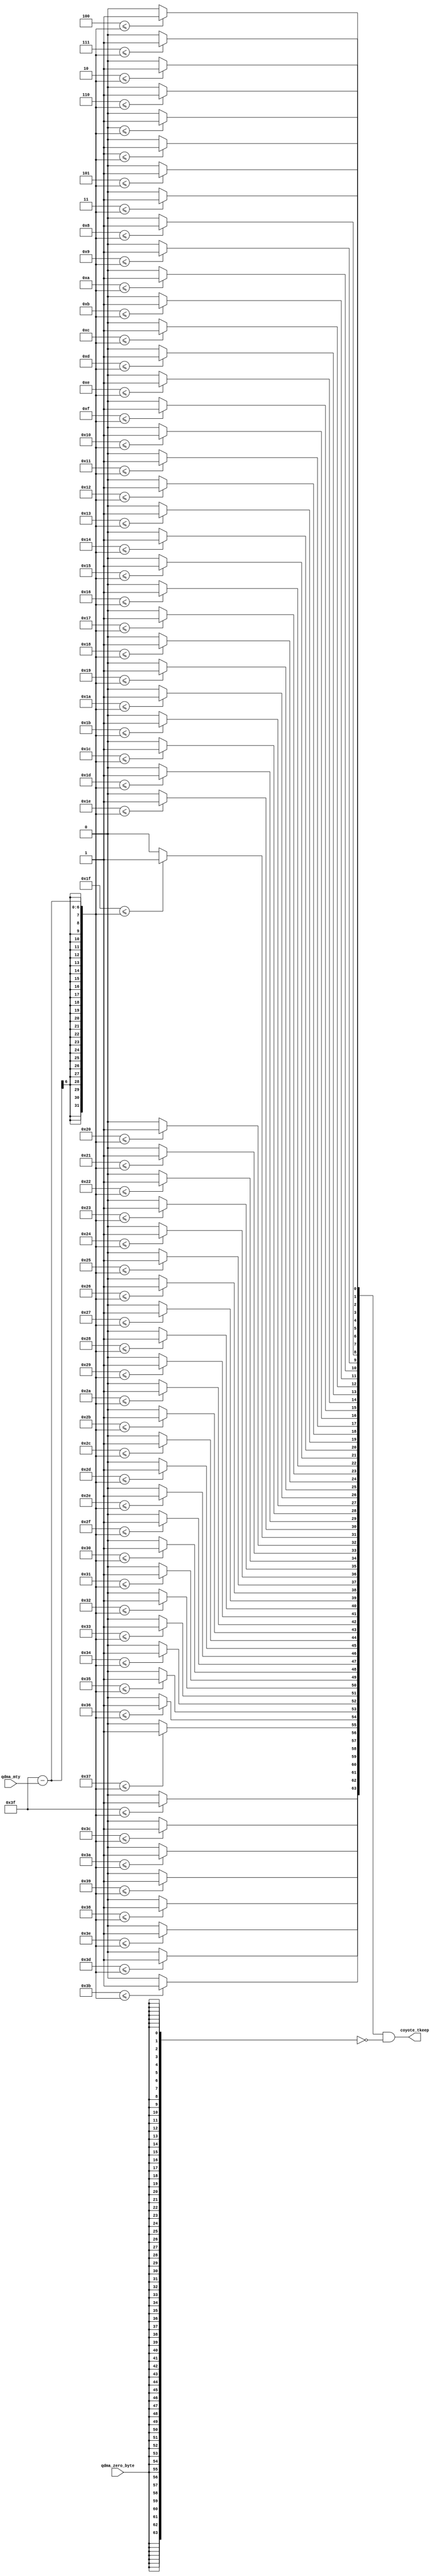

`timescale 1 ns / 1 ps

module coyote_qdma_tkeep_calc_v1_0
(
    input   wire [5:0]    qdma_mty,
    input   wire          qdma_zero_byte,
    
    output  wire [63:0]   coyote_tkeep
);

    // Will store the tkeep if zer_byte is 1
    reg [63:0] coyote_tkeep_temp;

    // If zero-byte is high than we are not sending any data
    assign coyote_tkeep = coyote_tkeep_temp & ~{64{qdma_zero_byte}};
    
    integer i;
    
    // Setting tkeep based on the number of invalid bytes (mty)
    always@(*) begin
        for(i = 0; i < 64; i = i + 1) begin
            if(i <= (6'd63 - qdma_mty)) begin
                coyote_tkeep_temp[i] <=  1'b1;
            end
            else begin
                coyote_tkeep_temp[i] <= 1'b0;
            end
        end
    end
    
    


endmodule